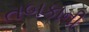
તબકાની